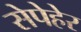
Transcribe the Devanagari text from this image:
सेपेहेर